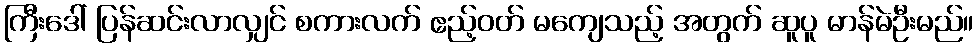
ကြီးဒေါ် ပြန်ဆင်းလာလျှင် စကားလက် ဧည့်ဝတ် မကျေသည့် အတွက် ဆူပူ မာန်မဲဦးမည်။